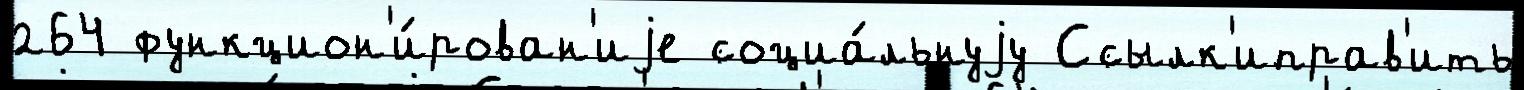
264 функцион'и́рован'иjе социа́льнуjу Ссылк'иправ'ить